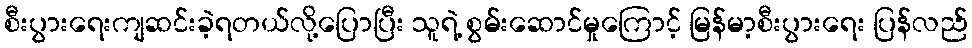
စီးပွားရေးကျဆင်းခဲ့ရတယ်လို့ပြောပြီး သူရဲ့ စွမ်းဆောင်မှုကြောင့် မြန်မာ့စီးပွားရေး ပြန်လည်